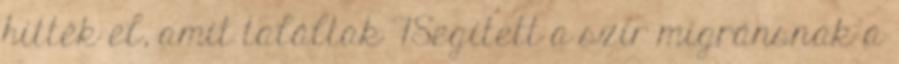
hitték el, amit találtak 7Segített a szír migránsnak a